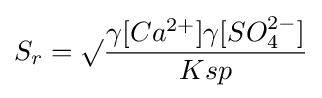
S_{r}=\surd {\frac {\gamma [Ca^{2+}]\gamma [SO_{4}^{2-}]}{Ksp}}